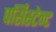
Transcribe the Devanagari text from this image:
पर्सिस्टेन्ट